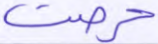
حرصت